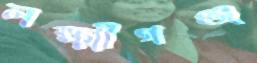
লক্ষ্মীগঞ্জ